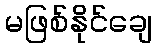
မဖြစ်နိုင်ချေ